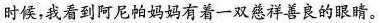
时候，我看到阿尼帕妈妈有着一双慈祥善良的眼睛。